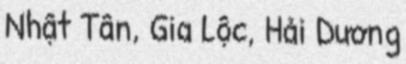
Nhật Tân, Gia Lộc, Hải Dương